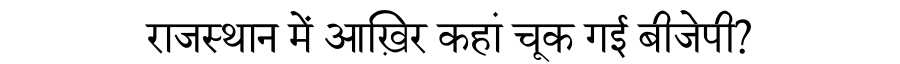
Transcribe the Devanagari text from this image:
राजस्थान में आख़िर कहां चूक गई बीजेपी?